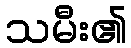
သမီး၏